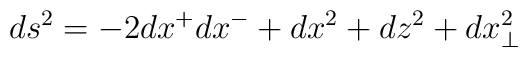
ds^2 =-2dx^+dx^-+dx^2 +dz^2 +dx_{\perp}^2